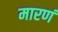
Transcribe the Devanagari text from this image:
मारणं